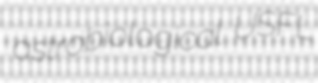
astrobiological USFL